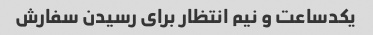
یکدساعت و نیم انتظار برای رسیدن سفارش